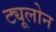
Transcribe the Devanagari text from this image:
ट्यूलोन